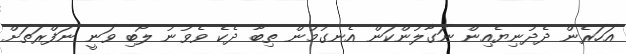
އަހަރެން ދެދުނިޔެއިން ނަގާލުންކަން އެނގުމުން ތިބާ ދެކެ ވެވުނު ލޯބި ވަނީ ނަފްރަތަށް